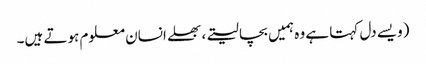
(ویسے دل کہتا ہے وہ ہمیں بچا لیتے، بھلے انسان معلوم ہوتے ہیں۔